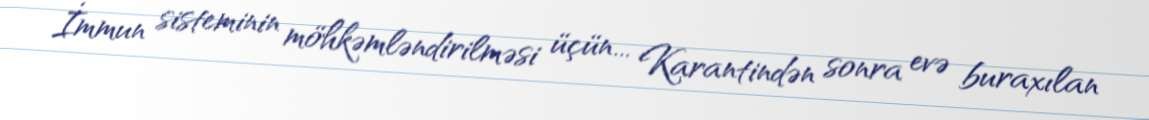
İmmun sisteminin möhkəmləndirilməsi üçün... Karantindən sonra evə buraxılan